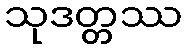
သုဒတ္တဿ